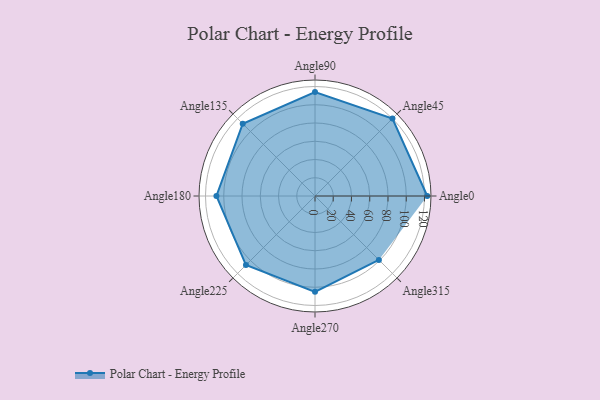
{"axis": {"x": "Angle", "y": "Radius"}, "legend": [""], "data": [{"x": "Angle0", "y": 123.0, "type": ""}, {"x": "Angle45", "y": 120.0, "type": ""}, {"x": "Angle90", "y": 114.0, "type": ""}, {"x": "Angle135", "y": 112.0, "type": ""}, {"x": "Angle180", "y": 108.0, "type": ""}, {"x": "Angle225", "y": 107.0, "type": ""}, {"x": "Angle270", "y": 105.0, "type": ""}, {"x": "Angle315", "y": 99.0, "type": ""}]}